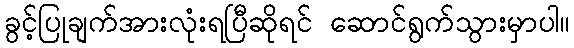
ခွင့်ပြုချက်အားလုံးရပြီဆိုရင် ဆောင်ရွက်သွားမှာပါ။